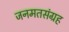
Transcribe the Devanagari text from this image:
जनमतसंग्रह